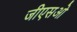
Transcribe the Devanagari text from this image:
जीएसओ